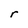
Character: r